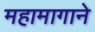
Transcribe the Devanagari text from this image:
महामागाने